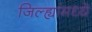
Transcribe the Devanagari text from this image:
जिल्ह्यांंमध्ये